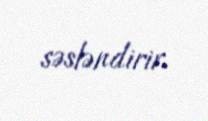
səsləndirir.